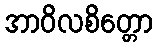
အာဝိလစိတ္တော